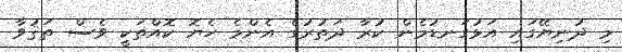
މި ދުނިޔޭގައި އަޅުގަނޑުމެން ކުރާ ދަތުރުގެ އެންމެ ހެޔޮ ކޮއްތަކީ ވެސް ތަޤުވާ